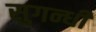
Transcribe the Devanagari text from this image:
सुगन्धी